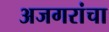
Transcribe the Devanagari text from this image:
अजगरांचा